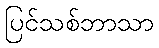
ပြင်သစ်ဘာသာ